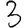
Digit: 3